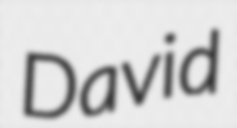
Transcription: David